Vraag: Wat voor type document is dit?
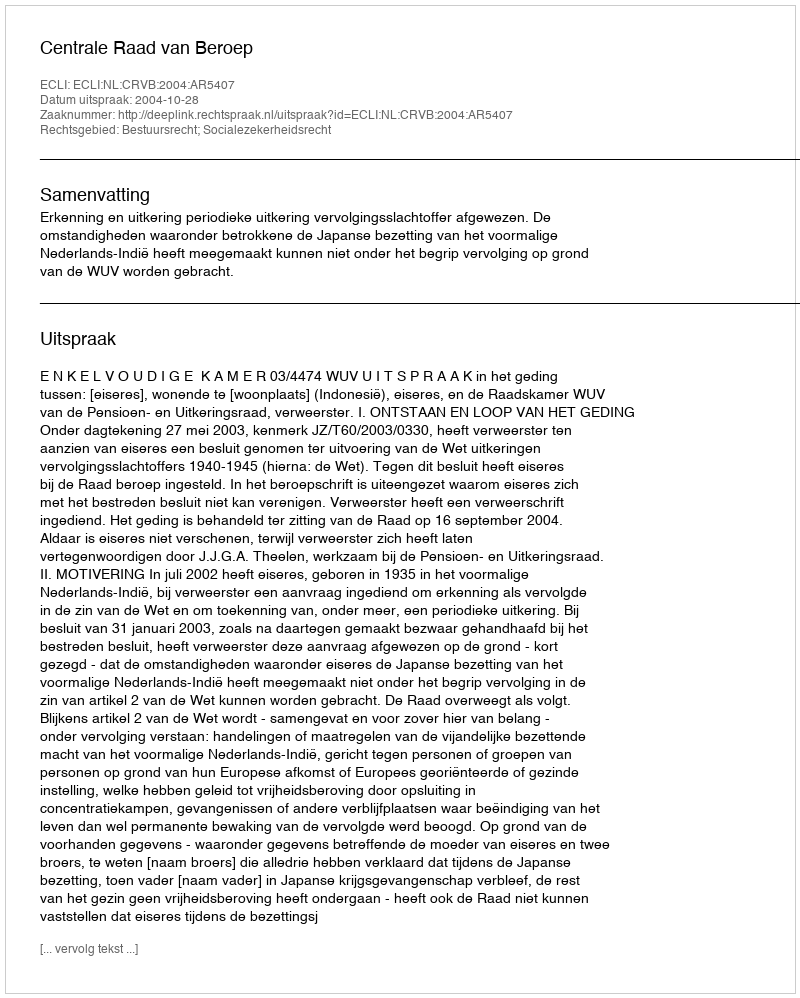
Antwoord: Uitspraak